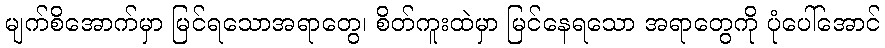
မျက်စိအောက်မှာ မြင်ရသောအရာတွေ၊ စိတ်ကူးထဲမှာ မြင်နေရသော အရာတွေကို ပုံပေါ်အောင်